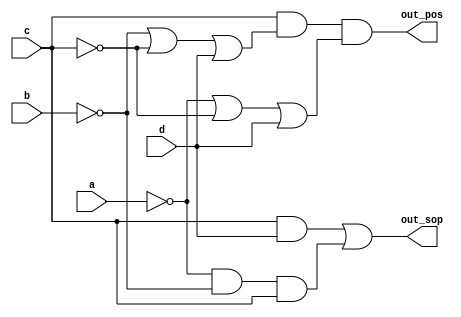
// This program was cloned from: https://github.com/viduraakalanka/HDL-Bits-Solutions
// License: The Unlicense

module top_module (
    input a,
    input b,
    input c,
    input d,
    output out_sop,
    output out_pos
); 
    assign out_sop = (c&d)|(~a&~b&c);
    assign out_pos = c&(~b|~c|d)&(~a|~c|d);
endmodule